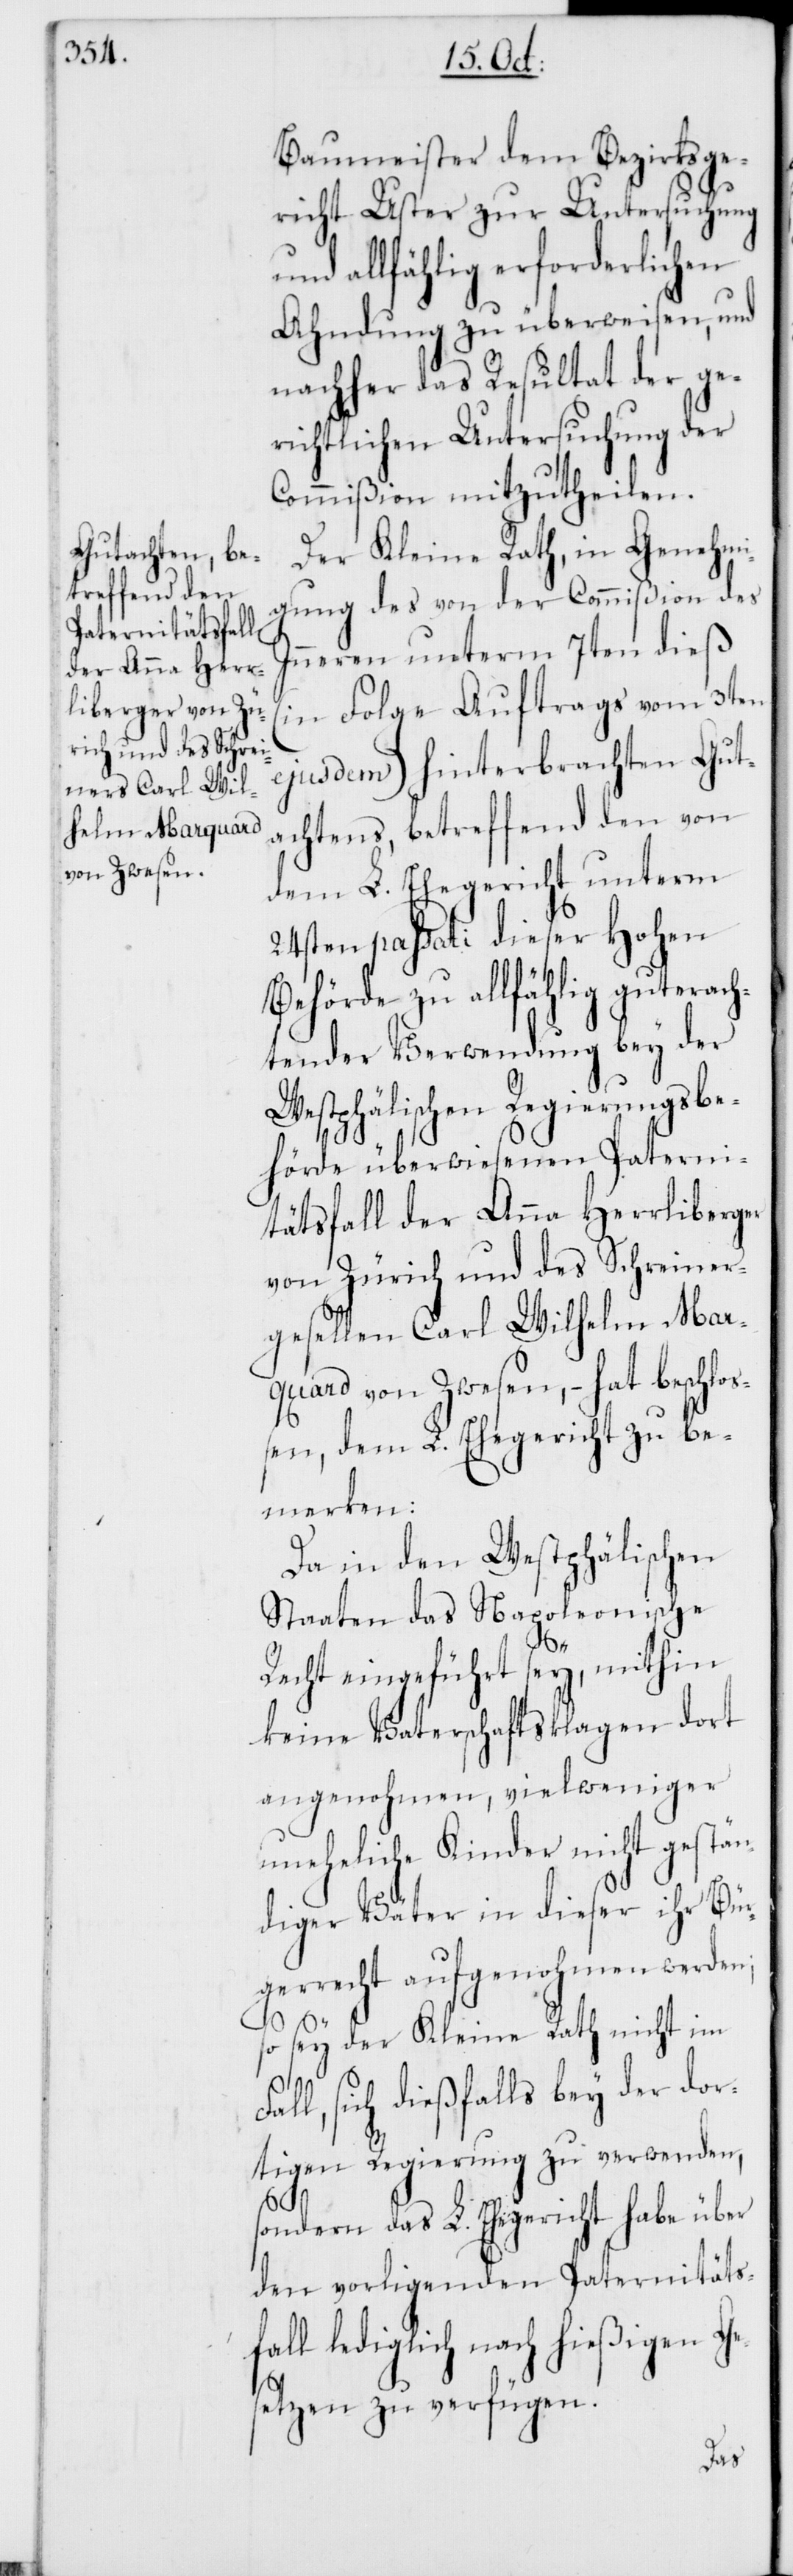
Baumeister dem Bezirksge¬
richt Uster zur Untersuchung
und allfählig erforderlichen
Ahndung zu überweisen, und
nachher das Resultat der ge¬
richtlichen Untersuchung der
Commißion mitzutheilen.
Der Kleine Rath, in Genehm¬
igung des von der Commißion des
Innern unterm 7ten dieß
(in Folge Auftrags vom 3ten
ejusdem) hinterbrachten Gut¬
achtens, betreffend den von
dem L. Ehegericht unterm
24sten passati dieser Hohen
Behörde zu allfählig guterac¬
htender Verwendung bey der
Westphälischen Regierungsbe¬
hörde überwiesenen Paterni¬
tätsfall der Anna Herrliberger
von Zürich und des Schreiner¬
gesellen Carl Wilhelm Mar¬
quard von Zwesen, – hat beschlo¬
ßen, dem L. Ehegericht zu be¬
merken:
Da in den Westphälischen
Staaten das Napoleonische
Recht eingeführt sey, mithin
keine Vaterschaftsklagen dort
angenohmen, viel weniger
uneheliche Kinder nicht gestän¬
diger Väter in dieser ihr Bür¬
gerrecht aufgenohmen werden;
so sey der Kleine Rath nicht im
l, sich dießfalls bey der dor¬
tigen Regierung zu verwenden,
sondern das L. Ehegericht habe über
den vorligenden Paternitäts¬
fall lediglich nach hießigen Ge¬
setzen zu verfügen.
Fal¬